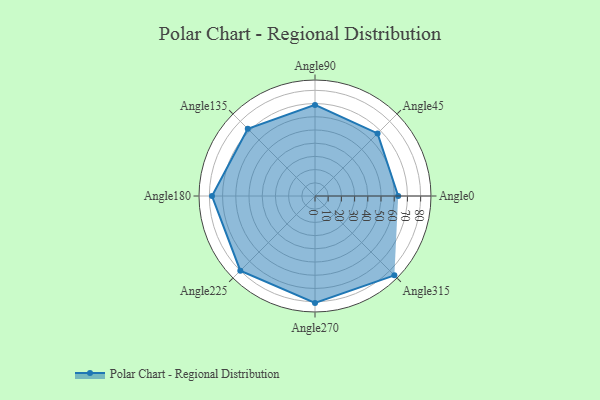
{"axis": {"x": "Angle", "y": "Radius"}, "legend": [""], "data": [{"x": "Angle0", "y": 63.0, "type": ""}, {"x": "Angle45", "y": 67.0, "type": ""}, {"x": "Angle90", "y": 69.0, "type": ""}, {"x": "Angle135", "y": 72.0, "type": ""}, {"x": "Angle180", "y": 78.0, "type": ""}, {"x": "Angle225", "y": 80.0, "type": ""}, {"x": "Angle270", "y": 81.0, "type": ""}, {"x": "Angle315", "y": 85.0, "type": ""}]}